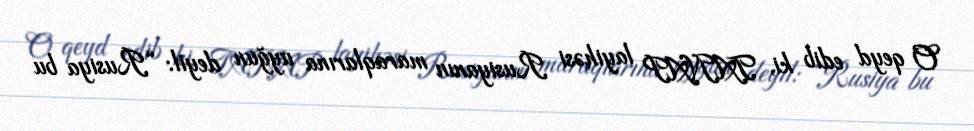
O qeyd edib ki, TANAP layihəsi Rusiyanın maraqlarına uyğun deyil: “Rusiya bu